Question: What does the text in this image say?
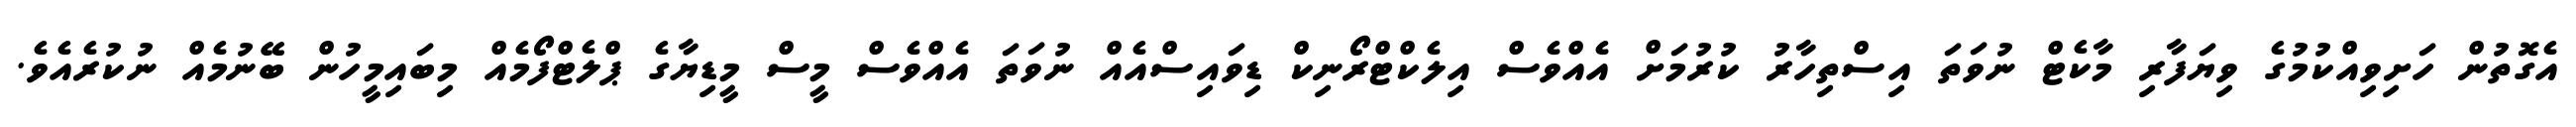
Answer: އެގޮތުން ހަށިވިއްކުމުގެ ވިޔަފާރި މާކެޓް ނުވަތަ އިސްތިހާރު ކުރުމަށް އެއްވެސް އިލެކްޓްރޯނިކް ޑިވައިސްއެއް ނުވަތަ އެއްވެސް މީސް މީޑިޔާގެ ޕްލެޓްފޯމެއް މިބައިމީހުން ބޭނުމެއް ނުކުރެއެވެ.